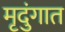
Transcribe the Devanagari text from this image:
मृदुंगात